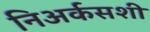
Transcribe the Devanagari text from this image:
निअर्कसशी